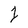
Character: 1